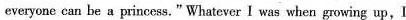
everyone can be a princess."Whatever I was when growing up,I